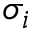
\sigma _ { i }